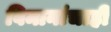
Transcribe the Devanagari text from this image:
विमानांचाही